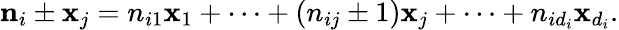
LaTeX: {\mathbf n}_{i}\pm{\mathbf x}_{j}=n_{i1}{\mathbf x}_{1}+\cdots+(n_{ij}\pm 1){\mathbf x}_{j}+\cdots+n_{id_{i}}{\mathbf x}_{d_{i}}.